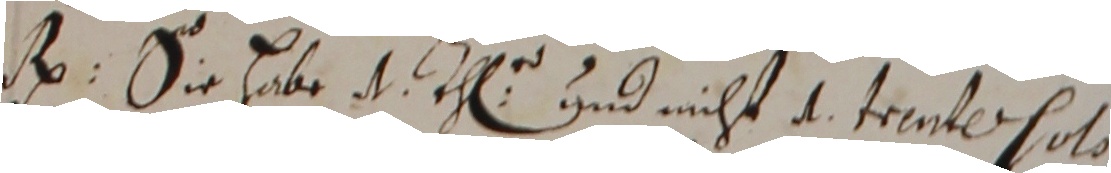
No. Sie habe  th und nicht d trentessoto